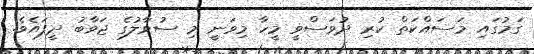
ގަމުގައި މަސައްކަތް ކުރި ދުވަސްވީ މީހާ މިވަނީ މި ސުވާލުގެ ޖަވާބު ދީފައެވެ.